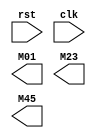
`timescale 1ns / 1ps
//////////////////////////////////////////////////////////////////////////////////
// Company: 
// Engineer: 
// 
// Design Name: 
// Module Name: top
// Project Name: 
// Target Devices: 
// Tool Versions: 
// Description: 
// 
// Dependencies: 
// 
// Revision:
// Revision 0.01 - File Created
// Additional Comments:
// 
//////////////////////////////////////////////////////////////////////////////////


module top(
    input rst,
    input clk,
    output [31:0] M01,
    output [31:0] M23,
    output [31:0] M45
    );
wire[15:0] M0_out;
wire[15:0] M1_out;
wire[15:0] M2_out;
wire[15:0] M3_out;
wire[15:0] M4_out;
wire[15:0] M5_out;
assign M01 = {M0_out, M1_out};
assign M23 = {M2_out, M3_out};
assign M45 = {M4_out, M5_out};

endmodule